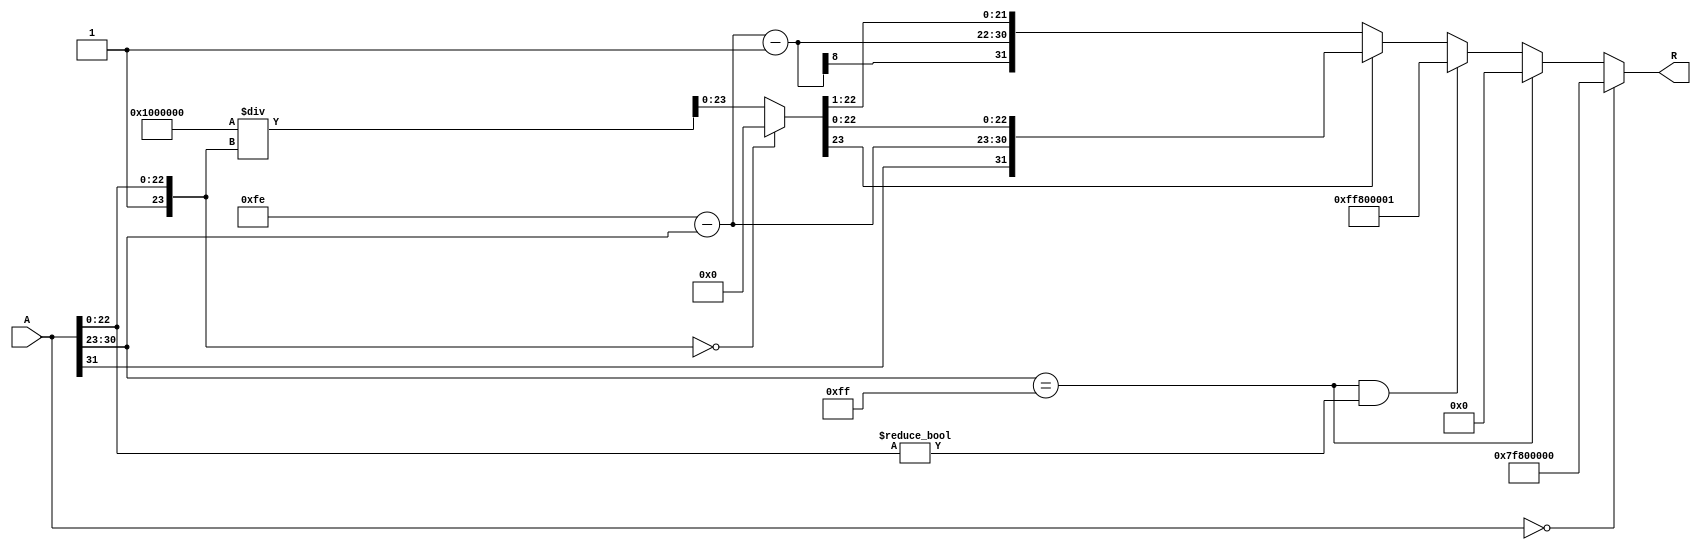
module floating_point_reciprocal (
    input wire [31:0] A,       // Input: 32-bit IEEE 754 floating-point number
    output reg [31:0] R        // Output: 32-bit IEEE 754 floating-point reciprocal
);

    // Constants
    localparam BIAS = 127;
    localparam EXPONENT_BITS = 8;
    localparam MANTISSA_BITS = 23;

    // Internal signals
    wire sign;
    wire [EXPONENT_BITS-1:0] exponent;
    wire [MANTISSA_BITS-1:0] mantissa;
    wire [23:0] normalized_mantissa; // 1 bit hidden bit + 23 bits mantissa
    wire [31:0] reciprocal_mantissa;
    reg [EXPONENT_BITS-1:0] new_exponent;
    reg new_sign;

    // Extract sign, exponent, and mantissa from input A
    assign sign = A[31];
    assign exponent = A[30:23];
    assign mantissa = A[22:0];
    assign normalized_mantissa = {1'b1, mantissa}; // Add hidden bit

    always @(*) begin
        // Default output
        R = 32'b0;

        // Handle special cases
        if (A == 32'b0) begin
            // Input is zero: output should be infinity
            R = {1'b0, 8'b11111111, 23'b0}; // +Infinity
        end else if (exponent == 8'b11111111) begin
            // Input is infinity: output should be zero
            R = 32'b0; // 0
        end else if (A[30:23] == 8'b11111111 && mantissa != 23'b0) begin
            // Input is NaN: output should also be NaN
            R = {1'b1, 8'b11111111, 23'b1}; // NaN
        end else begin
            // Normal case: compute reciprocal
            // Calculate new sign
            new_sign = sign;

            // Calculate new exponent
            new_exponent = (2 * BIAS) - exponent;

            // Calculate reciprocal of the normalized mantissa
            // Here we use a simple approximation for the reciprocal
            // In a real implementation, you would use a more accurate method
            reciprocal_mantissa = (normalized_mantissa == 0) ? 0 : (1 << 24) / normalized_mantissa;

            // Normalize the reciprocal mantissa
            // Adjust the exponent based on the normalization
            if (reciprocal_mantissa[23] == 1) begin
                // If the result is normalized
                R = {new_sign, new_exponent, reciprocal_mantissa[22:0]};
            end else begin
                // If the result is denormalized, shift right and adjust exponent
                R = {new_sign, new_exponent - 1, reciprocal_mantissa[22:1]};
            end
        end
    end
endmodule